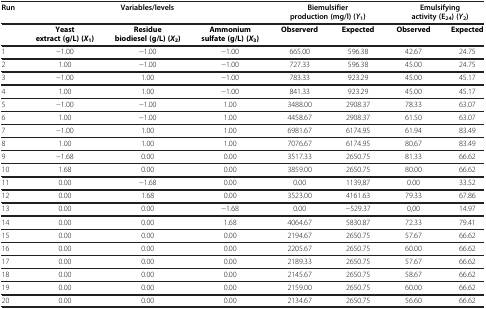
<table><thead><tr><td><b>Run</b></td><td colspan="3"><b>Variables/levels</b></td><td colspan="2"><b>Biemulsifier production (mg/l) (<i>Y</i><sub>1</sub>)</b></td><td colspan="2"><b>Emulsifying activity (E<sub>24</sub>) (<i>Y</i><sub>2</sub>)</b></td></tr></thead><tbody><tr><td> </td><td><b>Yeast extract (g/L) (</b><b><i>X</i></b><sub><b>1</b></sub><b>)</b></td><td><b>Residue biodiesel (g/L) (</b><b><i>X</i></b><sub><b>2</b></sub><b>)</b></td><td><b>Ammonium sulfate (g/L) (</b><b><i>X</i></b><sub><b>3</b></sub><b>)</b></td><td><b>Observerd</b></td><td><b>Expected</b></td><td><b>Observed</b></td><td><b>Expected</b></td></tr><tr><td>1</td><td>−1.00</td><td>−1.00</td><td>−1.00</td><td>665.00</td><td>596.38</td><td>42.67</td><td>24.75</td></tr><tr><td>2</td><td>1.00</td><td>−1.00</td><td>−1.00</td><td>727.33</td><td>596.38</td><td>45.00</td><td>24.75</td></tr><tr><td>3</td><td>−1.00</td><td>1.00</td><td>−1.00</td><td>783.33</td><td>923.29</td><td>45.00</td><td>45.17</td></tr><tr><td>4</td><td>1.00</td><td>1.00</td><td>−1.00</td><td>841.33</td><td>923.29</td><td>45.00</td><td>45.17</td></tr><tr><td>5</td><td>−1.00</td><td>−1.00</td><td>1.00</td><td>3488.00</td><td>2908.37</td><td>78.33</td><td>63.07</td></tr><tr><td>6</td><td>1.00</td><td>−1.00</td><td>1.00</td><td>4458.67</td><td>2908.37</td><td>61.50</td><td>63.07</td></tr><tr><td>7</td><td>−1.00</td><td>1.00</td><td>1.00</td><td>6981.67</td><td>6174.95</td><td>61.94</td><td>83.49</td></tr><tr><td>8</td><td>1.00</td><td>1.00</td><td>1.00</td><td>7076.67</td><td>6174.95</td><td>80.67</td><td>83.49</td></tr><tr><td>9</td><td>−1.68</td><td>0.00</td><td>0.00</td><td>3517.33</td><td>2650.75</td><td>81.33</td><td>66.62</td></tr><tr><td>10</td><td>1.68</td><td>0.00</td><td>0.00</td><td>3859.00</td><td>2650.75</td><td>80.00</td><td>66.62</td></tr><tr><td>11</td><td>0.00</td><td>−1.68</td><td>0.00</td><td>0.00</td><td>1139,87</td><td>0.00</td><td>33.52</td></tr><tr><td>12</td><td>0.00</td><td>1.68</td><td>0.00</td><td>3523.00</td><td>4161.63</td><td>79.33</td><td>67.86</td></tr><tr><td>13</td><td>0.00</td><td>0.00</td><td>−1.68</td><td>0.00</td><td>−529.37</td><td>0,00</td><td>14.97</td></tr><tr><td>14</td><td>0.00</td><td>0.00</td><td>1.68</td><td>4064.67</td><td>5830.87</td><td>72.33</td><td>79.41</td></tr><tr><td>15</td><td>0.00</td><td>0.00</td><td>0.00</td><td>2194.67</td><td>2650.75</td><td>57.67</td><td>66.62</td></tr><tr><td>16</td><td>0.00</td><td>0.00</td><td>0.00</td><td>2205.67</td><td>2650.75</td><td>60.00</td><td>66.62</td></tr><tr><td>17</td><td>0.00</td><td>0.00</td><td>0.00</td><td>2189.33</td><td>2650.75</td><td>57.67</td><td>66.62</td></tr><tr><td>18</td><td>0.00</td><td>0.00</td><td>0.00</td><td>2145.67</td><td>2650.75</td><td>58.67</td><td>66.62</td></tr><tr><td>19</td><td>0.00</td><td>0.00</td><td>0.00</td><td>2159.00</td><td>2650.75</td><td>60.00</td><td>66.62</td></tr><tr><td>20</td><td>0.00</td><td>0.00</td><td>0.00</td><td>2134.67</td><td>2650.75</td><td>56.60</td><td>66.62</td></tr></tbody></table>